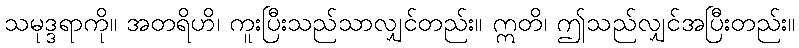
သမုဒ္ဒရာကို။ အတရိဟိ၊ ကူးပြီးသည်သာလျှင်တည်း။ ဣတိ၊ ဤသည်လျှင်အပြီးတည်း။